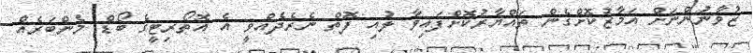
ޒުވާނުންނަށް އަމާޒުކޮށްގެން ތައްޔާރުކޮށްފައިވާ ލުއި ފޮތް ނެރެދެއްވީ އެ އޮތޯރިޓީގެ ބޯޑް މެންބަރެއް